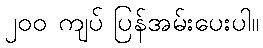
၂၀၀ ကျပ် ပြန်အမ်းပေးပါ။